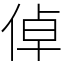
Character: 倬